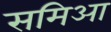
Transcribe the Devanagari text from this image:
समिआ